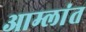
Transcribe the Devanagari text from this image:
आम्लांत